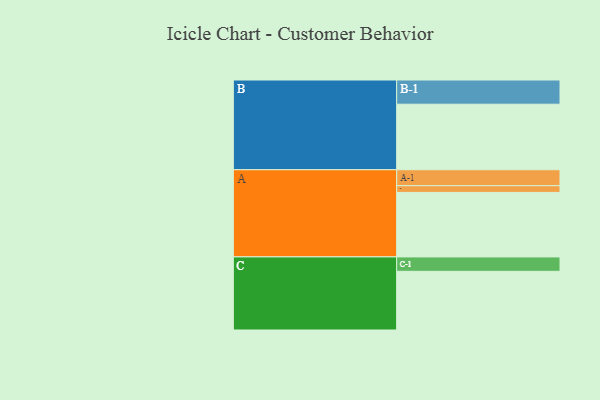
{"axis": {"x": "Segment", "y": "Value"}, "legend": ["", "A", "B", "C"], "data": [{"x": "A", "y": 554, "type": ""}, {"x": "B", "y": 563, "type": ""}, {"x": "C", "y": 504, "type": ""}, {"x": "A-1", "y": 137, "type": "A"}, {"x": "A-2", "y": 58, "type": "A"}, {"x": "B-1", "y": 208, "type": "B"}, {"x": "C-1", "y": 124, "type": "C"}]}